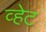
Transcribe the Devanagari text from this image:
व्हेट